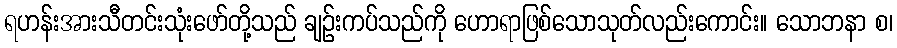
ရဟန်းအားသီတင်းသုံးဖော်တို့သည် ချဉ်းကပ်သည်ကို ဟောရာဖြစ်သောသုတ်လည်းကောင်း။ သောဘနာ စ၊